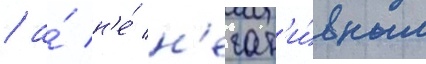
/ а́ н'е́ н'егат'и́вным